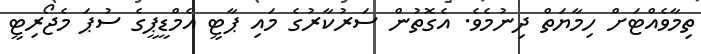
ތިމާވެއްޓަށް ހިމާޔަތް ދިނުމެވެ. އެގޮތުން ސަރުކާރުގެ މައި ޕާޓީ އެމްޑީޕީގެ ސުޕަ މެޖޯރިޓީ